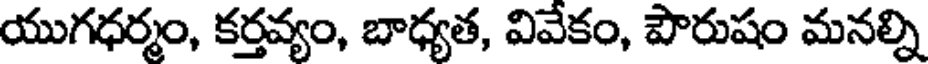
యుగధర్మం, కర్తవ్యం, బాధ్యత, వివేకం, పౌరుషం మనల్ని